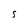
Character: S